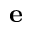
{ \bf e }